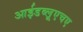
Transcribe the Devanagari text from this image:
आईडब्लूएचए